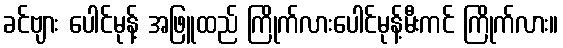
ခင်ဗျား ပေါင်မုန့် အဖြူထည် ကြိုက်လားပေါင်မုန့်မီးကင် ကြိုက်လား။